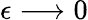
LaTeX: \epsilon\longrightarrow 0